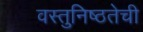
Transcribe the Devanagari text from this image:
वस्तुनिष्ठतेची